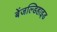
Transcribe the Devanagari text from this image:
बेंजल्डिहाइड